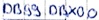
Text: DB99.DBX0.0